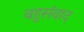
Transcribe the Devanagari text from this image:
बहुसंवाद